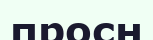
просн